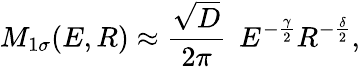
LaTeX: M_{1\sigma}(E,R)\approx\frac{\sqrt{D}}{2\pi}\: \: E^{-\frac{\gamma}{2}}R^{-\frac{\delta}{2}},